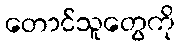
တောင်သူတွေကို